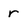
Character: r